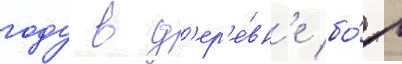
году в д'ер'е́вн'е бо́р